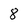
Character: 8